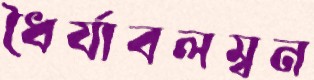
ধৈর্যাবলম্বন